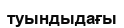
туындыдағы